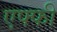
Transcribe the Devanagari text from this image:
एफ्फी